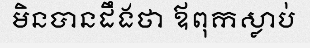
មិនបានដឹងថា ឪពុកស្លាប់